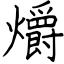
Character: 爝